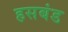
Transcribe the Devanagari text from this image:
हसबंड